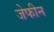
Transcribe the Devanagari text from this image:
जेफीन